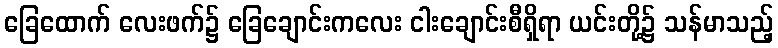
ခြေထောက် လေးဖက်၌ ခြေချောင်းကလေး ငါးချောင်းစီရှိရာ ယင်းတို့၌ သန်မာသည့်